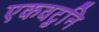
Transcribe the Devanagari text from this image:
एकवटुनि